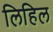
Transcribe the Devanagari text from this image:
लिहिल